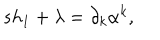
s h _ { 1 } + \lambda = \partial _ { k } \alpha ^ { k } ,